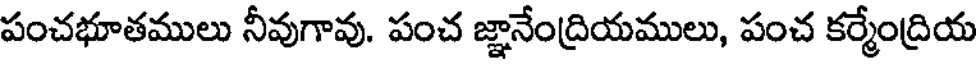
పంచభూతములు నీవుగావు. పంచ జ్ఞానేంద్రియములు, పంచ కర్మేంద్రియ